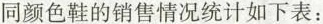
同颜色鞋的销售情况统计如下表：